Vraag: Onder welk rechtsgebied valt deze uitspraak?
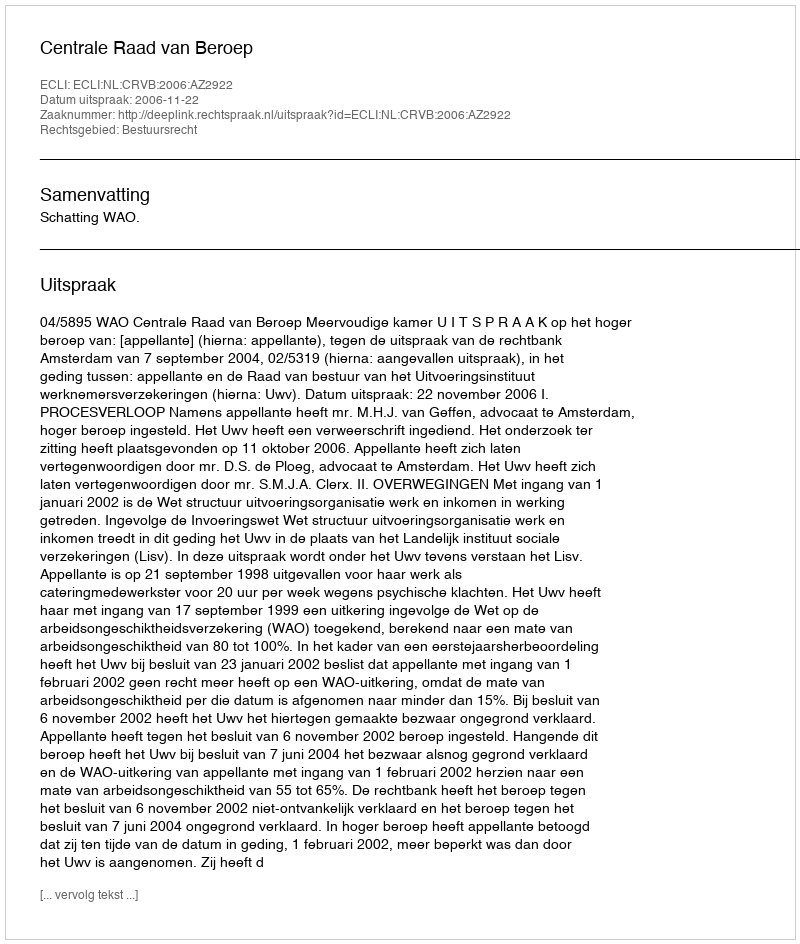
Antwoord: Bestuursrecht